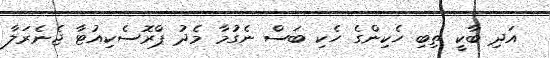
އަދި ބާކީ ތިބި ހެކިންގެ ހެކި ބަސް ނެގުމާ މެދު ޕްރޮސެކިއުޓާ ޖެނެރަލާ